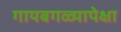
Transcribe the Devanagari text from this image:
गायबगळ्यापेक्षा